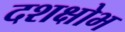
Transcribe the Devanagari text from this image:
दशक्षोभ